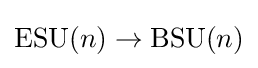
\operatorname {ESU} (n)\rightarrow \operatorname {BSU} (n)